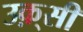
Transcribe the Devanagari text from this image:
उक़्सी